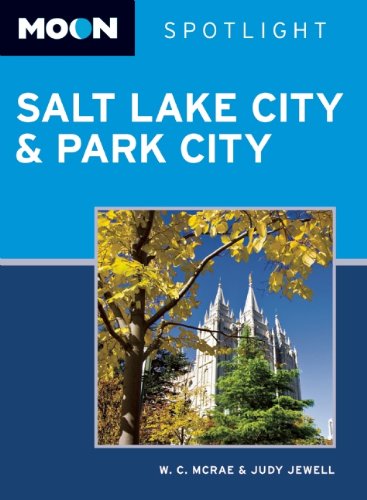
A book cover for Moon Spotlight Salt Lake City & Park City; W. C. McRae; Travel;